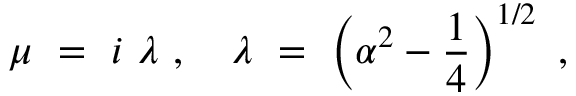
\mu \ = \ i \ \lambda \ , \ \ \ \lambda \ = \ \left( { \alpha } ^ { 2 } - { \frac { 1 } { 4 } } \right) ^ { 1 / 2 } \ ,